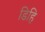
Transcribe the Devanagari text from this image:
डिहि